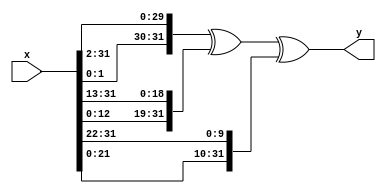
`timescale 1ns/1ps

// uppercase sigma 0
// ROTR 2
// ROTR 13
// ROTR 22
module e0 (
	input [31:0] x, 
	output [31:0] y
);
	assign y = {x[1:0],x[31:2]} ^ {x[12:0],x[31:13]} ^ {x[21:0],x[31:22]};
endmodule

// uppercase sigma 1
// ROTR 6
// ROTR 11
// ROTR 25
module e1 (x, y);

	input [31:0] x;
	output [31:0] y;

	assign y = {x[5:0],x[31:6]} ^ {x[10:0],x[31:11]} ^ {x[24:0],x[31:25]};

endmodule

// choice
// uses the x bit to choose between the y and z bits,
// chooses the y bit if x=1, and chooses the z bit if x=0.
module ch (x, y, z, o);

	input [31:0] x, y, z;
	output [31:0] o;

	assign o = z ^ (x & (y ^ z));

endmodule

// majority
// returns the majority of the three bits
module maj (x, y, z, o);

	input [31:0] x, y, z;
	output [31:0] o;

	assign o = (x & y) | (z & (x | y));

endmodule

// sigma 0
// ROTR 7
// ROTR 18
// SHR 3
module s0 (x, y);

	input [31:0] x;
	output [31:0] y;

	assign y[31:29] = x[6:4] ^ x[17:15];
	assign y[28:0] = {x[3:0], x[31:7]} ^ {x[14:0],x[31:18]} ^ x[31:3];

endmodule

// sigma 1
// ROTR 17
// ROTR 19
// SHR 10
module s1 (x, y);

	input [31:0] x;
	output [31:0] y;

	assign y[31:22] = x[16:7] ^ x[18:9];
	assign y[21:0] = {x[6:0],x[31:17]} ^ {x[8:0],x[31:19]} ^ x[31:10];

endmodule